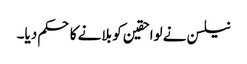
نیلسن نے لواحقین کو بلانے کا حکم دیا۔